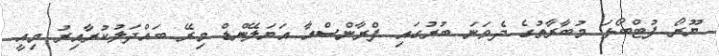
ޔޫރޯ ފުޓްބޯޅަ މުބާރާތުގެ ދެވަނަ ބުރުގައި ފްރާންސްއާ އަޔަލޭންޑް މިރޭ ބައްދަލުކުރާއިރު މިއީ